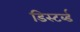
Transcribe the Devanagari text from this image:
डिस्टर्ब्ड